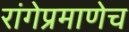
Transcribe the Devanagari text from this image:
रांगेप्रमाणेच